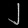
Digit: ၂